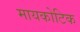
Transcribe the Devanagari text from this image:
मायकोटिक